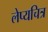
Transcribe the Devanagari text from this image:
लेप्यचित्र